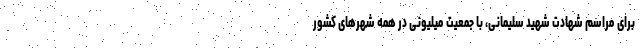
برای مراسم شهادت شهید سلیمانی، با جمعیت میلیونی در همه شهرهای کشور